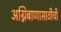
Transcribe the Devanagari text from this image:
अग्निबाणासाठीची